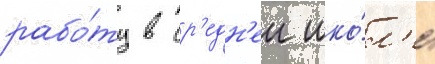
рабо́ту в ср'едн'еи шко́л'е